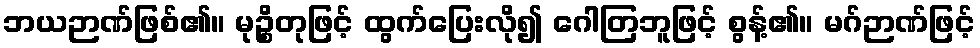
ဘယဉာဏ်ဖြစ်၏။ မုဉ္စိတုဖြင့် ထွက်ပြေးလို၍ ဂေါတြဘူဖြင့် စွန့်၏။ မဂ်ဉာဏ်ဖြင့်